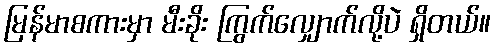
မြန်မာစကားမှာ မီးခိုး ကြွက်လျှောက်လို့ပဲ ရှိတယ်။